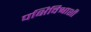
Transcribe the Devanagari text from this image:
पक्षिविश्वाशी